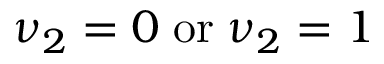
\nu _ { 2 } = 0 \; \mathrm { o r } \; \nu _ { 2 } = 1